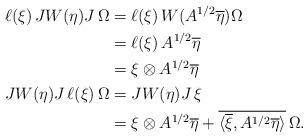
LaTeX: \begin{align*}\ell(\xi) \, J W(\eta) J \, \Omega &= \ell(\xi) \, W(A^{1/2} \overline \eta) \Omega \\&= \ell(\xi) \, A^{1/2} \overline \eta \\&= \xi \otimes A^{1/2} \overline\eta \\J W(\eta) J \, \ell(\xi) \, \Omega &= J W(\eta) J \, \xi \\&= \xi \otimes A^{1/2}\overline\eta + \overline{\langle \overline \xi, A^{1/2}\overline\eta\rangle} \, \Omega.\end{align*}